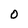
Character: 0